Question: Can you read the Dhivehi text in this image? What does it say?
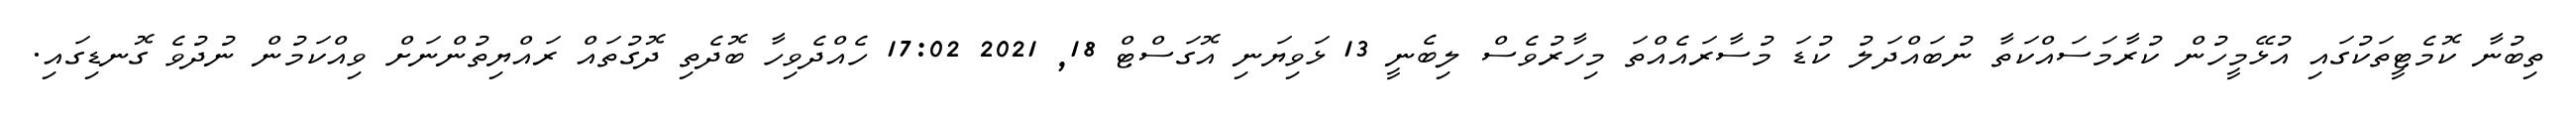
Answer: ތިބުނާ ކޮމެޓީތަކުގައި އުޅޭމީހުން ކުރާމަސައްކަތާ ނުބައްދަލު ކުޑަ މުސާރައެއްތަ މިހާރުވެސް ލިބެނީ 13 ޅަވިޔަނި އޮގަސްޓް 18, 2021 17:02 ހެއްދެވިހާ ބޮދެތި ދޮގުތައް ރައްޔިތުންނަށް ވިއްކަމުން ނުދުވެ ގޮނޑިގައި.